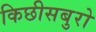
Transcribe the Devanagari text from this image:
किछीसबुरो